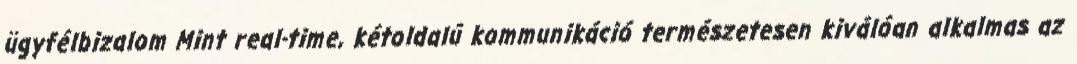
ügyfélbizalom Mint real-time, kétoldalú kommunikáció természetesen kiválóan alkalmas az